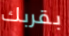
بقربك